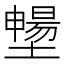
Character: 𡒮